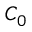
C _ { 0 }